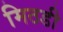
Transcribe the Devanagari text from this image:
मिठडी